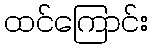
ထင်ကြောင်း